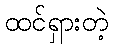
ထင်ရှားတဲ့